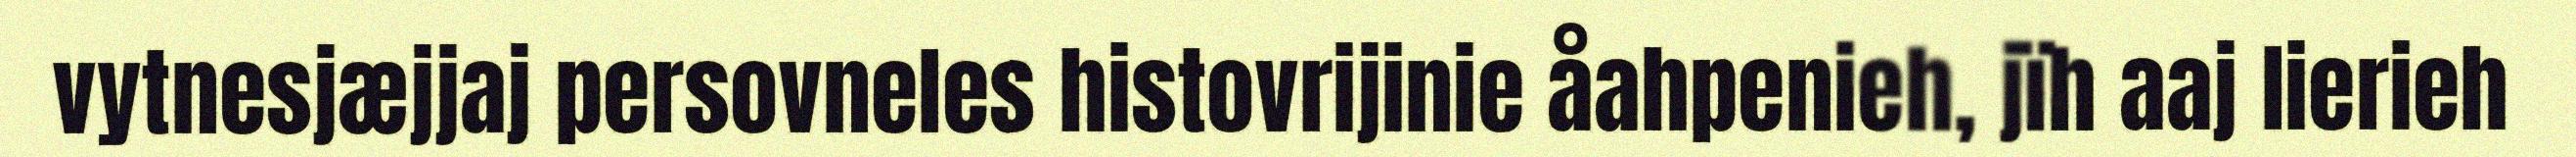
vytnesjæjjaj persovneles histovrijinie åahpenieh, jïh aaj lierieh